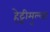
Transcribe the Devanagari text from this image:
हेट्टीमुल्ला